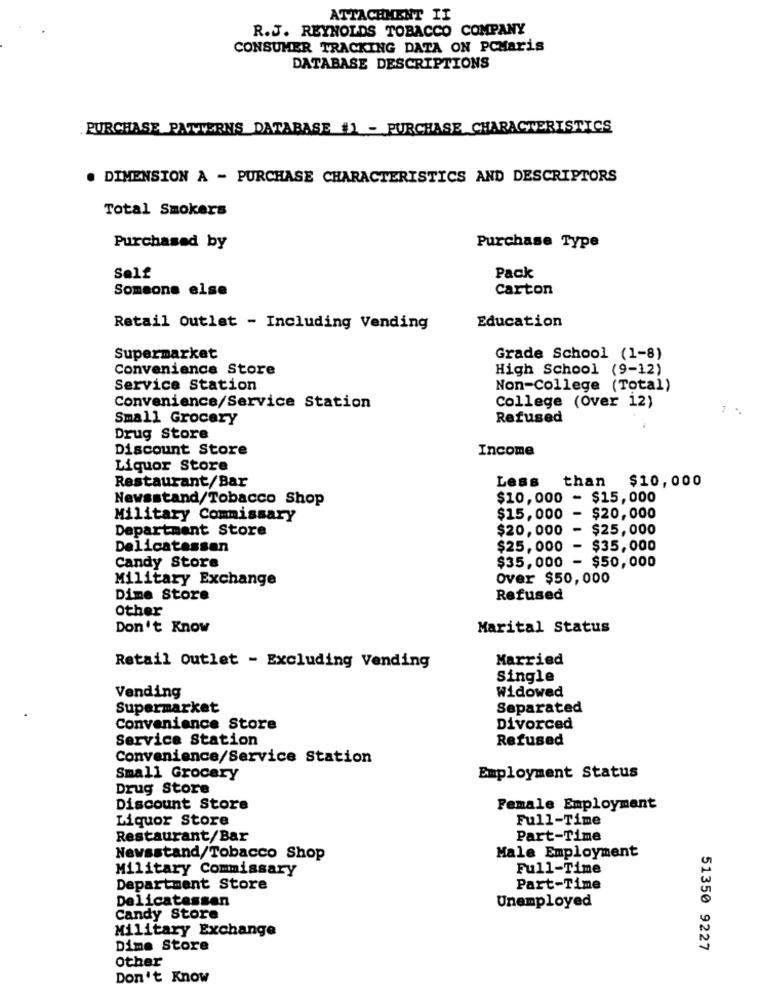
ATTACHMENT II
R.J. REYNOLDS TOBACCO COMPANY
CONSUMER TRACKING DATA ON PCMaris
DATABASE DESCRIPTIONS
PURCHASE PATTERNS DATABASE #1 - PURCHASE CHARACTERISTICS
DIMENSION A - PURCHASE CHARACTERISTICS AND DESCRIPTORS
Total Smokers
Purchased by
Purchase Type
Self
Pack
Someone else
Carton
Retail Outlet - Including Vending
Education
Supermarket
Grade School (1-8)
Convenience Store
High School (9-12)
Service Station
Non-College (Total)
Convenience/Service Station
College (Over 12)
Small Grocery
Refused
Drug Store
Discount Store
Income
Liquor Store
Restaurant/Bar
Less
than $10,000
Newsstand/Tobacco Shop
$10,000 - $15,000
Military Commissary
$15,000 - $20,000
Department Store
$20,000 - $25,000
Delicatessen
$25,000
$35,000
Candy Store
$35,000 - $50,000
Military Exchange
Over $50,000
Dime Store
Refused
Other
Don't Know
Marital Status
Married
Retail Outlet - Excluding Vending
single
Vending
Widowed
Supermarket
Separated
Convenience Store
Divorced
Service Station
Refused
Convenience/Service Station
Small Grocery
Employment Status
Drug Store
Discount Store
Female Employment
Liquor Store
Full-Time
Restaurant/Bar
Part-Time
Newsstand/Tobacco Shop
Male Employment
Military Commissary
Full-Time
Department Store
Part-Time
Delicatessen
Unemployed
Candy Store
Military Exchange
Dime Store
51350 9227
Other
Don't Know